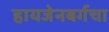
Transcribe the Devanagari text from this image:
हायजेनबर्गचा